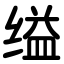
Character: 缢